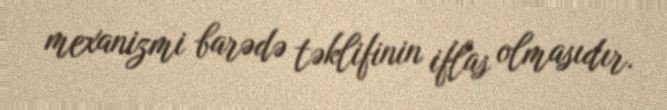
mexanizmi barədə təklifinin iflas olmasıdır.